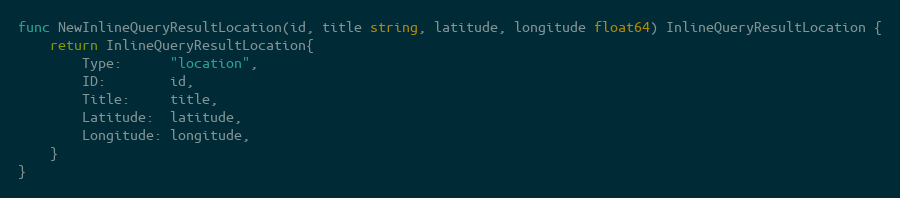
Language: Go
func NewInlineQueryResultLocation(id, title string, latitude, longitude float64) InlineQueryResultLocation {
	return InlineQueryResultLocation{
		Type:      "location",
		ID:        id,
		Title:     title,
		Latitude:  latitude,
		Longitude: longitude,
	}
}